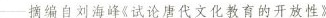
--摘编自刘海峰《试论唐代文化教育的开放性》